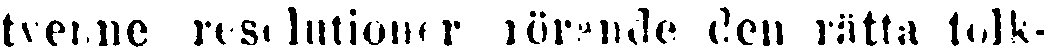
tvenne resolutioner rörande den rätta tolk-